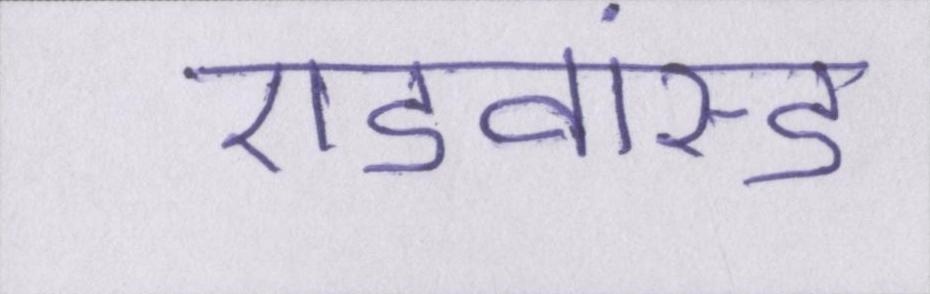
एडवांस्ड